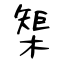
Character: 榘